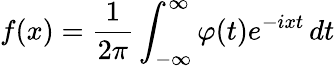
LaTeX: f(x)={\frac{1}{2\pi}}\int_{-\infty}^{\infty}\varphi(t)e^{-ixt}\, dt